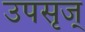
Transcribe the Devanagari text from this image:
उपसृज्